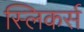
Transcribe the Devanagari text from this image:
स्लिकर्स